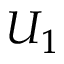
U _ { 1 }